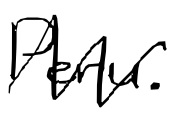
Text: Peru.
Cross-out: zig-zag
Writing tool: digital_black